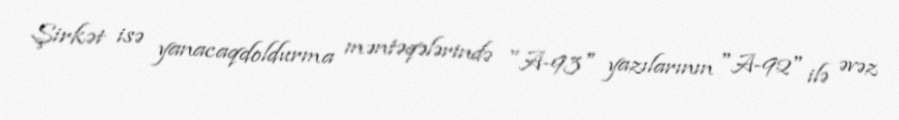
Şirkət isə yanacaqdoldurma məntəqələrində "A-93" yazılarının "A-92" ilə əvəz